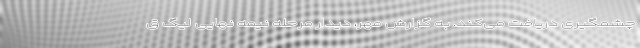
چشمگیری دریافت می‌کند. به گزارش مهر، دیدار مرحله نیمه نهایی لیگ ق